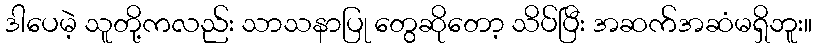
ဒါပေမဲ့ သူတို့ကလည်း သာသနာပြု တွေဆိုတော့ သိပ်ပြီး အဆက်အဆံမရှိဘူး။